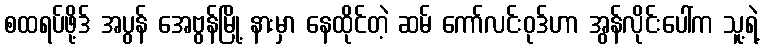
စထရပ်ဖို့ဒ် အပွန် အေဗွန်မြို့ နားမှာ နေထိုင်တဲ့ ဆမ် ကော်လင်းဝုဒ်ဟာ အွန်လိုင်းပေါ်က သူ့ရဲ့